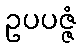
ဥပပဇ္ဇံ